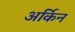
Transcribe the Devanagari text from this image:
अर्किन